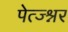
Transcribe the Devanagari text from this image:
पेत्ज्श्नर